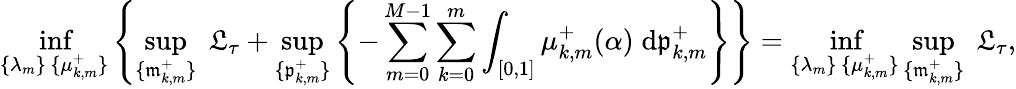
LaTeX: \operatorname*{inf}_{\substack{\{ \lambda_{m}\} \, \{ \mu_{k,m}^{+}\} }}\left\{ \operatorname*{sup}_{\{ \mathfrak{m}_{k,m}^{+}\} }\; \mathfrak{L}_{\tau}+\operatorname*{sup}_{\{ \mathfrak{p}_{k,m}^{+}\} }\left\{ -\sum_{m=0}^{M-1}\sum_{k=0}^{m}\int_{[0,1]}\mu_{k,m}^{+}(\alpha)\; \mathrm{d}\mathfrak{p}_{k,m}^{+}\right\} \right\} =\operatorname*{inf}_{\substack{\{ \lambda_{m}\} \, \{ \mu_{k,m}^{+}\} }}\operatorname*{sup}_{\{ \mathfrak{m}_{k,m}^{+}\} }\; \mathfrak{L}_{\tau},